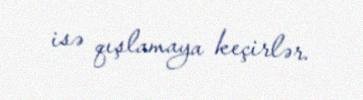
isə qışlamaya keçirlər.